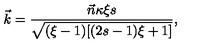
\vec { k } = \frac { \vec { n } \kappa \xi s } { \sqrt { ( \xi - 1 ) [ ( 2 s - 1 ) \xi + 1 ] } } ,